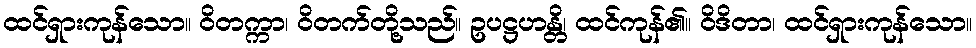
ထင်ရှားကုန်သော။ ဝိတက္ကာ၊ ဝိတက်တို့သည်။ ဥပဋ္ဌဟန္တိ၊ ထင်ကုန်၏။ ဝိဒိတာ၊ ထင်ရှားကုန်သော။